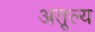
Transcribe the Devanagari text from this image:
अतूल्य